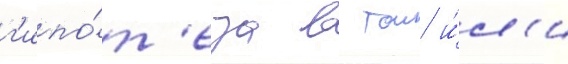
г'ипо́т'еза в тои и́л'и